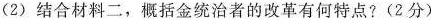
（3）结合材料二，概括金统治者的改革有何特点？（2分）